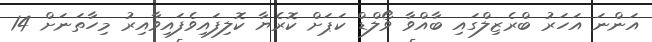
އަންނަ އަހަރު ބްރެޒިލްގައި ބާއްވާ ވޯލްޑް ކަޕަށް ކޮރެޔާ ކޮލިފައިވެފައިވާއިރު މިހާތަނަށް 14